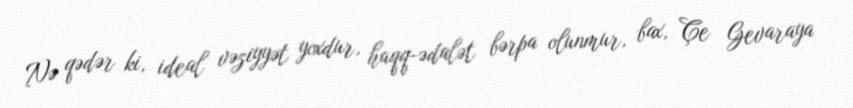
Nə qədər ki, ideal vəziyyət yoxdur, haqq-ədalət bərpa olunmur, bax, Çe Gevaraya